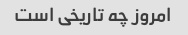
امروز چه تاریخی است